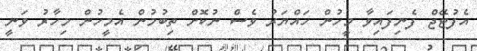
އެފުޓޭޖް ފެނިފައިވާ މީހުން ހައްޔަރު ވެސް ނުކޮށް ތިބުމުން އެމީހުން މިހާރު ވަނީ